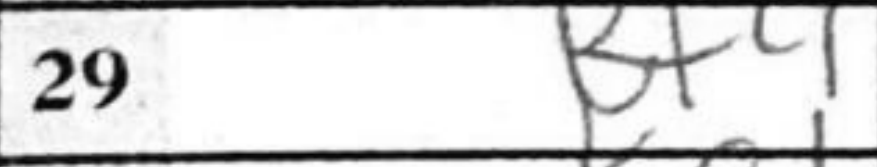
Transcription: Bf4